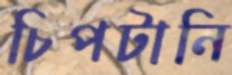
চিপটানি